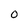
Character: O